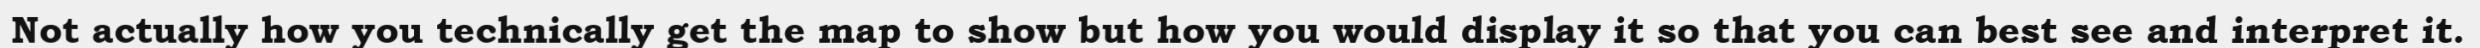
Not actually how you technically get the map to show but how you would display it so that you can best see and interpret it.